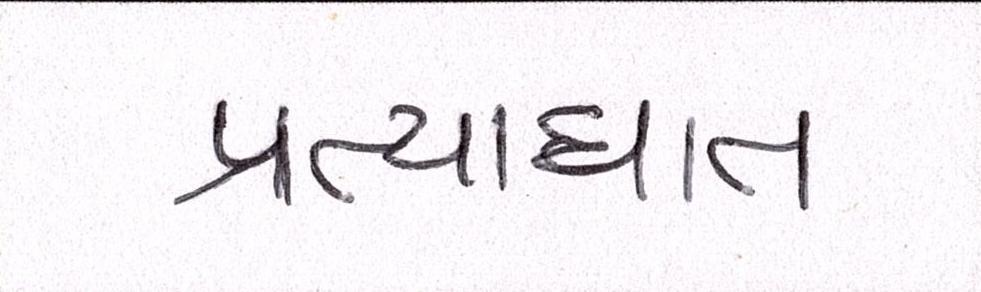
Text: પ્રત્યાઘાત